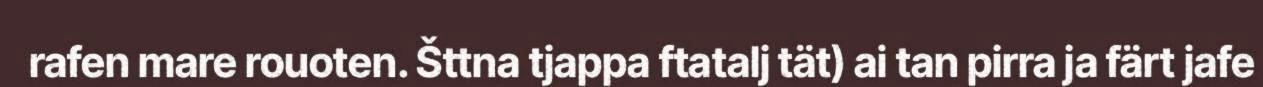
rafen mare rouoten. Šttna tjappa ftatalj tät) ai tan pirra ja färt jafe